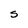
Character: S